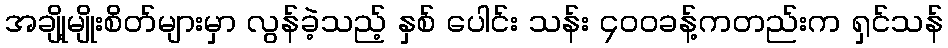
အချို့မျိုးစိတ်များမှာ လွန်ခဲ့သည့် နှစ် ပေါင်း သန်း ၄၀၀ခန့်ကတည်းက ရှင်သန်